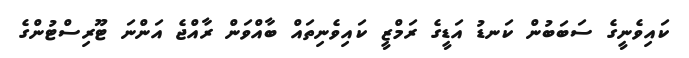
ކައިވެނީގެ ސަބަބުން ކަނޑު އަޑީގެ ރަމްޒީ ކައިވެނިތައް ބާއްވަން ރާއްޖެ އަންނަ ޓޫރިސްޓުންގެ